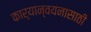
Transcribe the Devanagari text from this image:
कार्यान्वयनासाठी